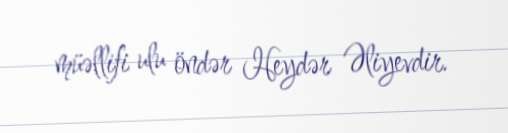
müəllifi ulu öndər Heydər Əliyevdir.